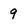
Character: 9